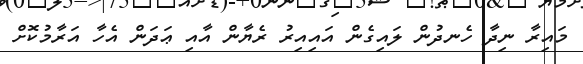
މައިރާ ނިދާ ހެނދުން ލައިގެން އައިއިރު ރެޔާން އާއި ޢަދަން އެހާ އަރާމުކޮށް